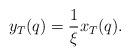
LaTeX: \begin{align*}y_T(q) = \frac{1}{\xi} x_T(q).\end{align*}